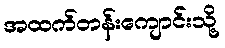
အထက်တန်းကျောင်းသို့